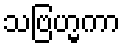
သဗြဟ္မကာ